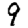
Digit: 9